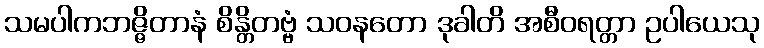
သမပါကဘဇ္ဇိတာနံ စိန္တိတဗ္ဗံ သဝနတော ဒုခါတိ အစီဝရတ္တာ ဥပါယေသု